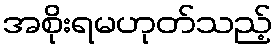
အစိုးရမဟုတ်သည့်